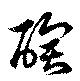
醄